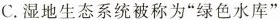
C.湿地生态系统被称为”绿色水库”